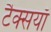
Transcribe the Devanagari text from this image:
टैक्सयाँ